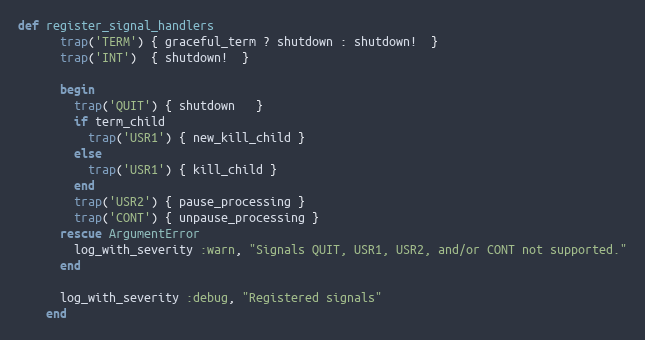
Language: Ruby
def register_signal_handlers
      trap('TERM') { graceful_term ? shutdown : shutdown!  }
      trap('INT')  { shutdown!  }

      begin
        trap('QUIT') { shutdown   }
        if term_child
          trap('USR1') { new_kill_child }
        else
          trap('USR1') { kill_child }
        end
        trap('USR2') { pause_processing }
        trap('CONT') { unpause_processing }
      rescue ArgumentError
        log_with_severity :warn, "Signals QUIT, USR1, USR2, and/or CONT not supported."
      end

      log_with_severity :debug, "Registered signals"
    end